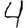
Digit: 4